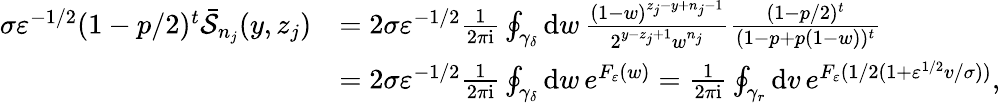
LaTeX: \begin{array}{rl}{\sigma\varepsilon^{-1/2}(1-p/2)^{t}\bar{\mathcal{S}}_{n_{j}}(y,z_{j})}&{=2\sigma\varepsilon^{-1/2}\frac{1}{2\pi\mathrm{i}}\oint_{\gamma_{\delta}}\mathrm{d}w\, \frac{(1-w)^{z_{j}-y+n_{j}-1}}{2^{y-z_{j}+1}w^{n_{j}}}\frac{(1-p/2)^{t}}{(1-p+p(1-w))^{t}}}\\ &{=2\sigma\varepsilon^{-1/2}\frac{1}{2\pi\mathrm{i}}\oint_{\gamma_{\delta}}\mathrm{d}w\, e^{F_{\varepsilon}(w)}=\frac{1}{2\pi\mathrm{i}}\oint_{\gamma_{r}}\mathrm{d}v\, e^{F_{\varepsilon}(1/2(1+\varepsilon^{1/2}v/\sigma))},}\end{array}